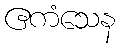
ဧကံသေန